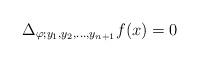
LaTeX: \begin{align*}\Delta_{\varphi;y_1,y_2,\dots,y_{n+1}} f(x)=0\end{align*}